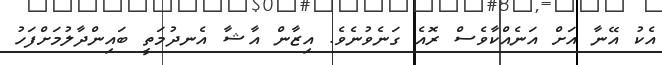
އެކު އޭނާ އަށް އަނެއްކާވެސް ރޮއެ ގަނެވުނެވެ. އިޒާން އާޝާ އެނދުމަތީ ބައިންދާލުމަށްފަހު